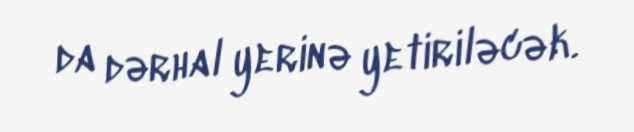
da dərhal yerinə yetiriləcək.